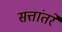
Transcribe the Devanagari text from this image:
सत्तांतरे